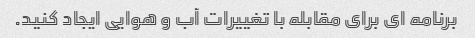
برنامه ای برای مقابله با تغییرات آب و هوایی ایجاد کنید.